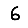
Digit: 6